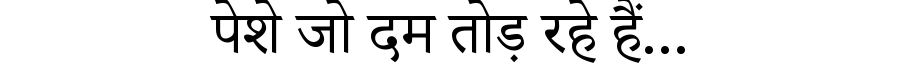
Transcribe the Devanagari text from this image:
पेशे जो दम तोड़ रहे हैं...